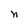
Character: n